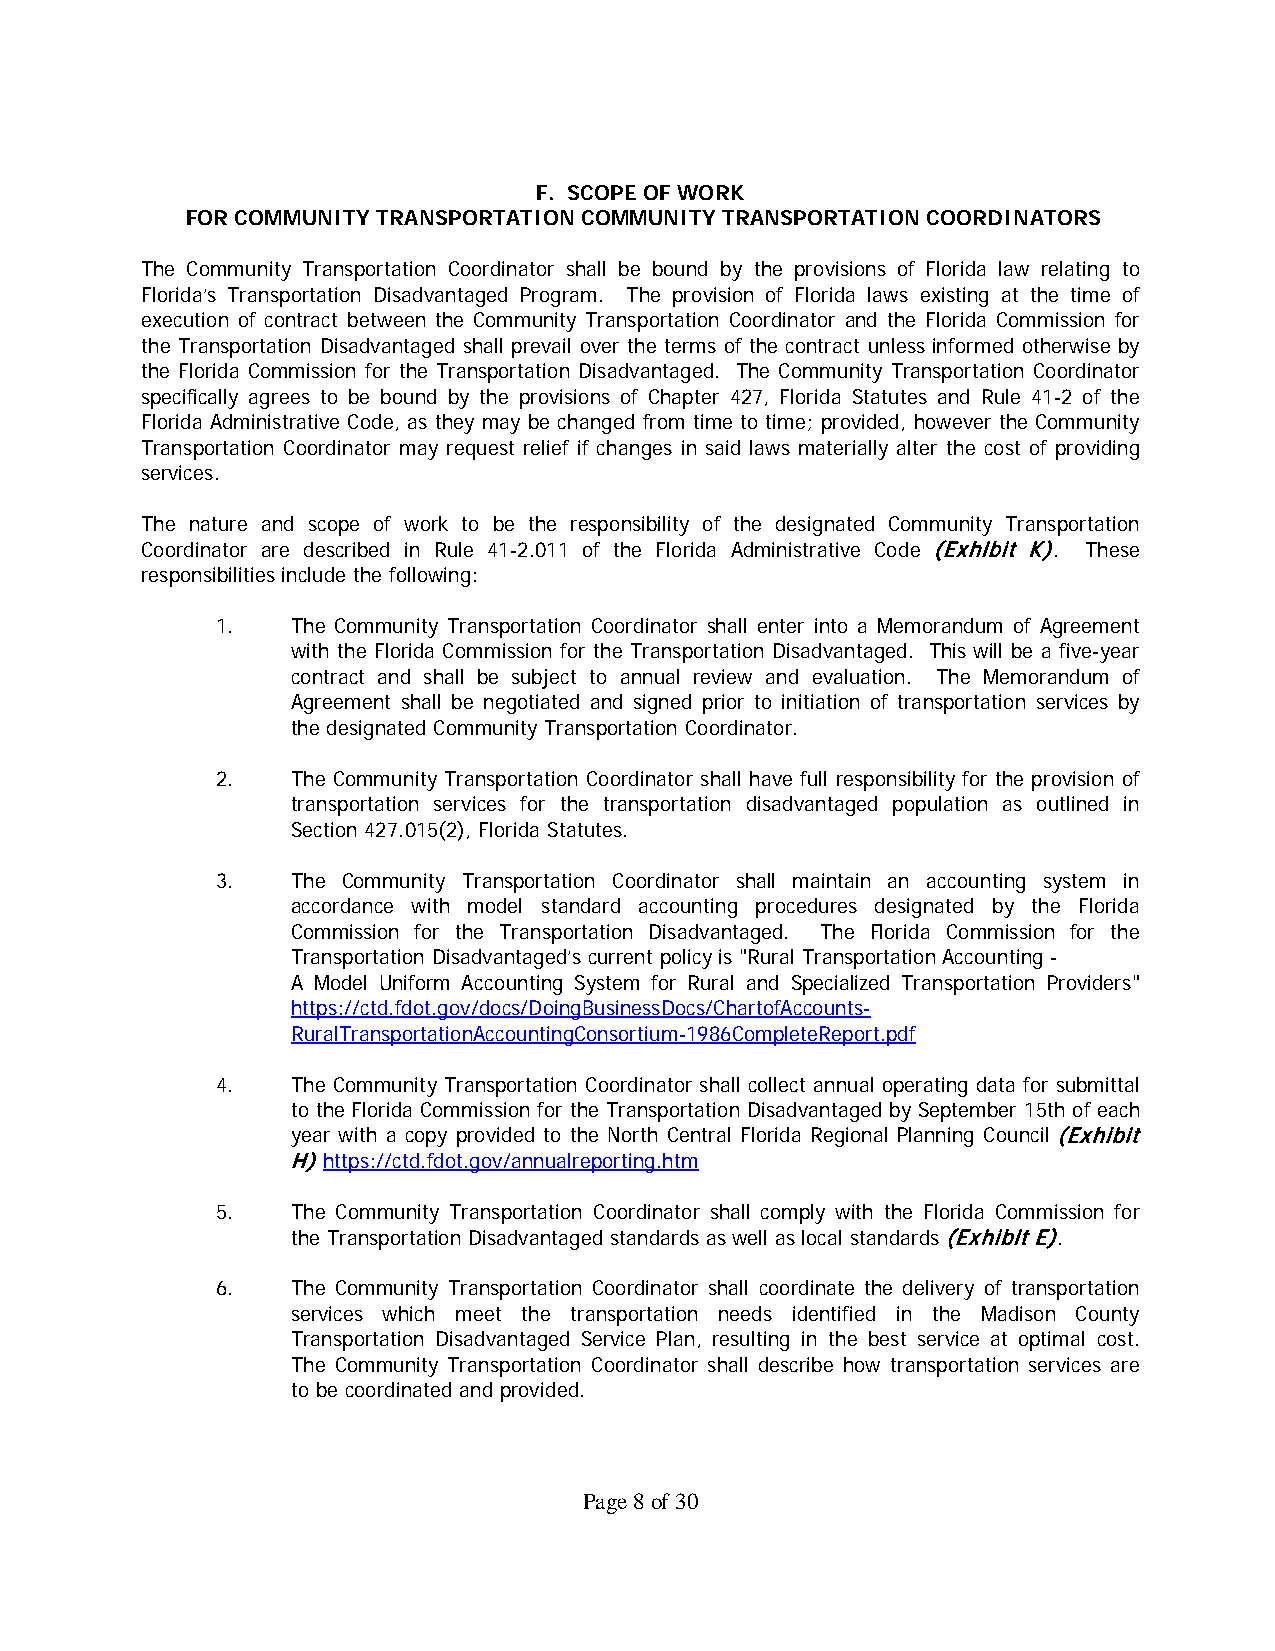
F. SCOPE OF WORK
 FOR COMMUNITY TRANSPORTATION COMMUNITY TRANSPORTATION COORDINATORS
 The Community Transportation Coordinator shall be bound by the provisions of Florida law relating to
 Florida’s Transportation Disadvantaged Program. The provision of Florida laws existing at the time of
 execution of contract between the Community Transportation Coordinator and the Florida Commission for
 the Transportation Disadvantaged shall prevail over the terms of the contract unless informed otherwise by
 the Florida Commission for the Transportation Disadvantaged. The Community Transportation Coordinator
 specifically agrees to be bound by the provisions of Chapter 427, Florida Statutes and Rule 41-2 of the
 Florida Administrative Code, as they may be changed from time to time; provided, however the Community
 Transportation Coordinator may request relief if changes in said laws materially alter the cost of providing
 services.
 The nature and scope of work to be the responsibility of the designated Community Transportation
 Coordinator are described in Rule 41-2.011 of the Florida Administrative Code (Exhibit K). These
 responsibilities include the following:
 1.   The Community Transportation Coordinator shall enter into a Memorandum of Agreement
 with the Florida Commission for the Transportation Disadvantaged. This will be a five-year
 contract and shall be subject to annual review and evaluation. The Memorandum of
 Agreement shall be negotiated and signed prior to initiation of transportation services by
 the designated Community Transportation Coordinator.
 2.   The Community Transportation Coordinator shall have full responsibility for the provision of
 transportation services for the transportation disadvantaged population as outlined in
 Section 427.015(2), Florida Statutes.
 3.   The Community Transportation Coordinator shall maintain an accounting system in
 accordance with model standard accounting procedures designated by the Florida
 Commission for the Transportation Disadvantaged. The Florida Commission for the
 Transportation Disadvantaged’s current policy is "Rural Transportation Accounting -
 A Model Uniform Accounting System for Rural and Specialized Transportation Providers"
 https://ctd.fdot.gov/docs/DoingBusinessDocs/ChartofAccounts-
 RuralTransportationAccountingConsortium-1986CompleteReport.pdf
 4.   The Community Transportation Coordinator shall collect annual operating data for submittal
 to the Florida Commission for the Transportation Disadvantaged by September 15th of each
 year with a copy provided to the North Central Florida Regional Planning Council (Exhibit
 H) https://ctd.fdot.gov/annualreporting.htm
 5.   The Community Transportation Coordinator shall comply with the Florida Commission for
 the Transportation Disadvantaged standards as well as local standards (Exhibit E).
 6.   The Community Transportation Coordinator shall coordinate the delivery of transportation
 services which meet the transportation needs identified in the Madison County
 Transportation Disadvantaged Service Plan, resulting in the best service at optimal cost.
 The Community Transportation Coordinator shall describe how transportation services are
 to be coordinated and provided.
 Page 8 of 30